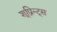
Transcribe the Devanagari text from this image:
शूप्रिन्ट्स